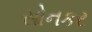
સોનકર